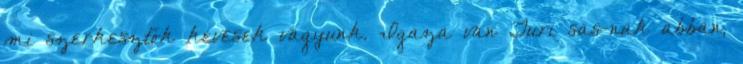
mi szerkesztők kevesek vagyunk. Igaza van Turi sas-nak abban,